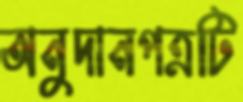
অনুদানপত্রটি